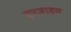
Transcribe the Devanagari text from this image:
एनजाइम